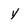
Character: y